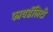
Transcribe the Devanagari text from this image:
फायडॅलिटी